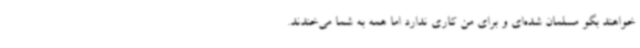
خواهند بگو مسلمان شده‌ای و برای من کاری ندارد اما همه به شما می‌خندند.